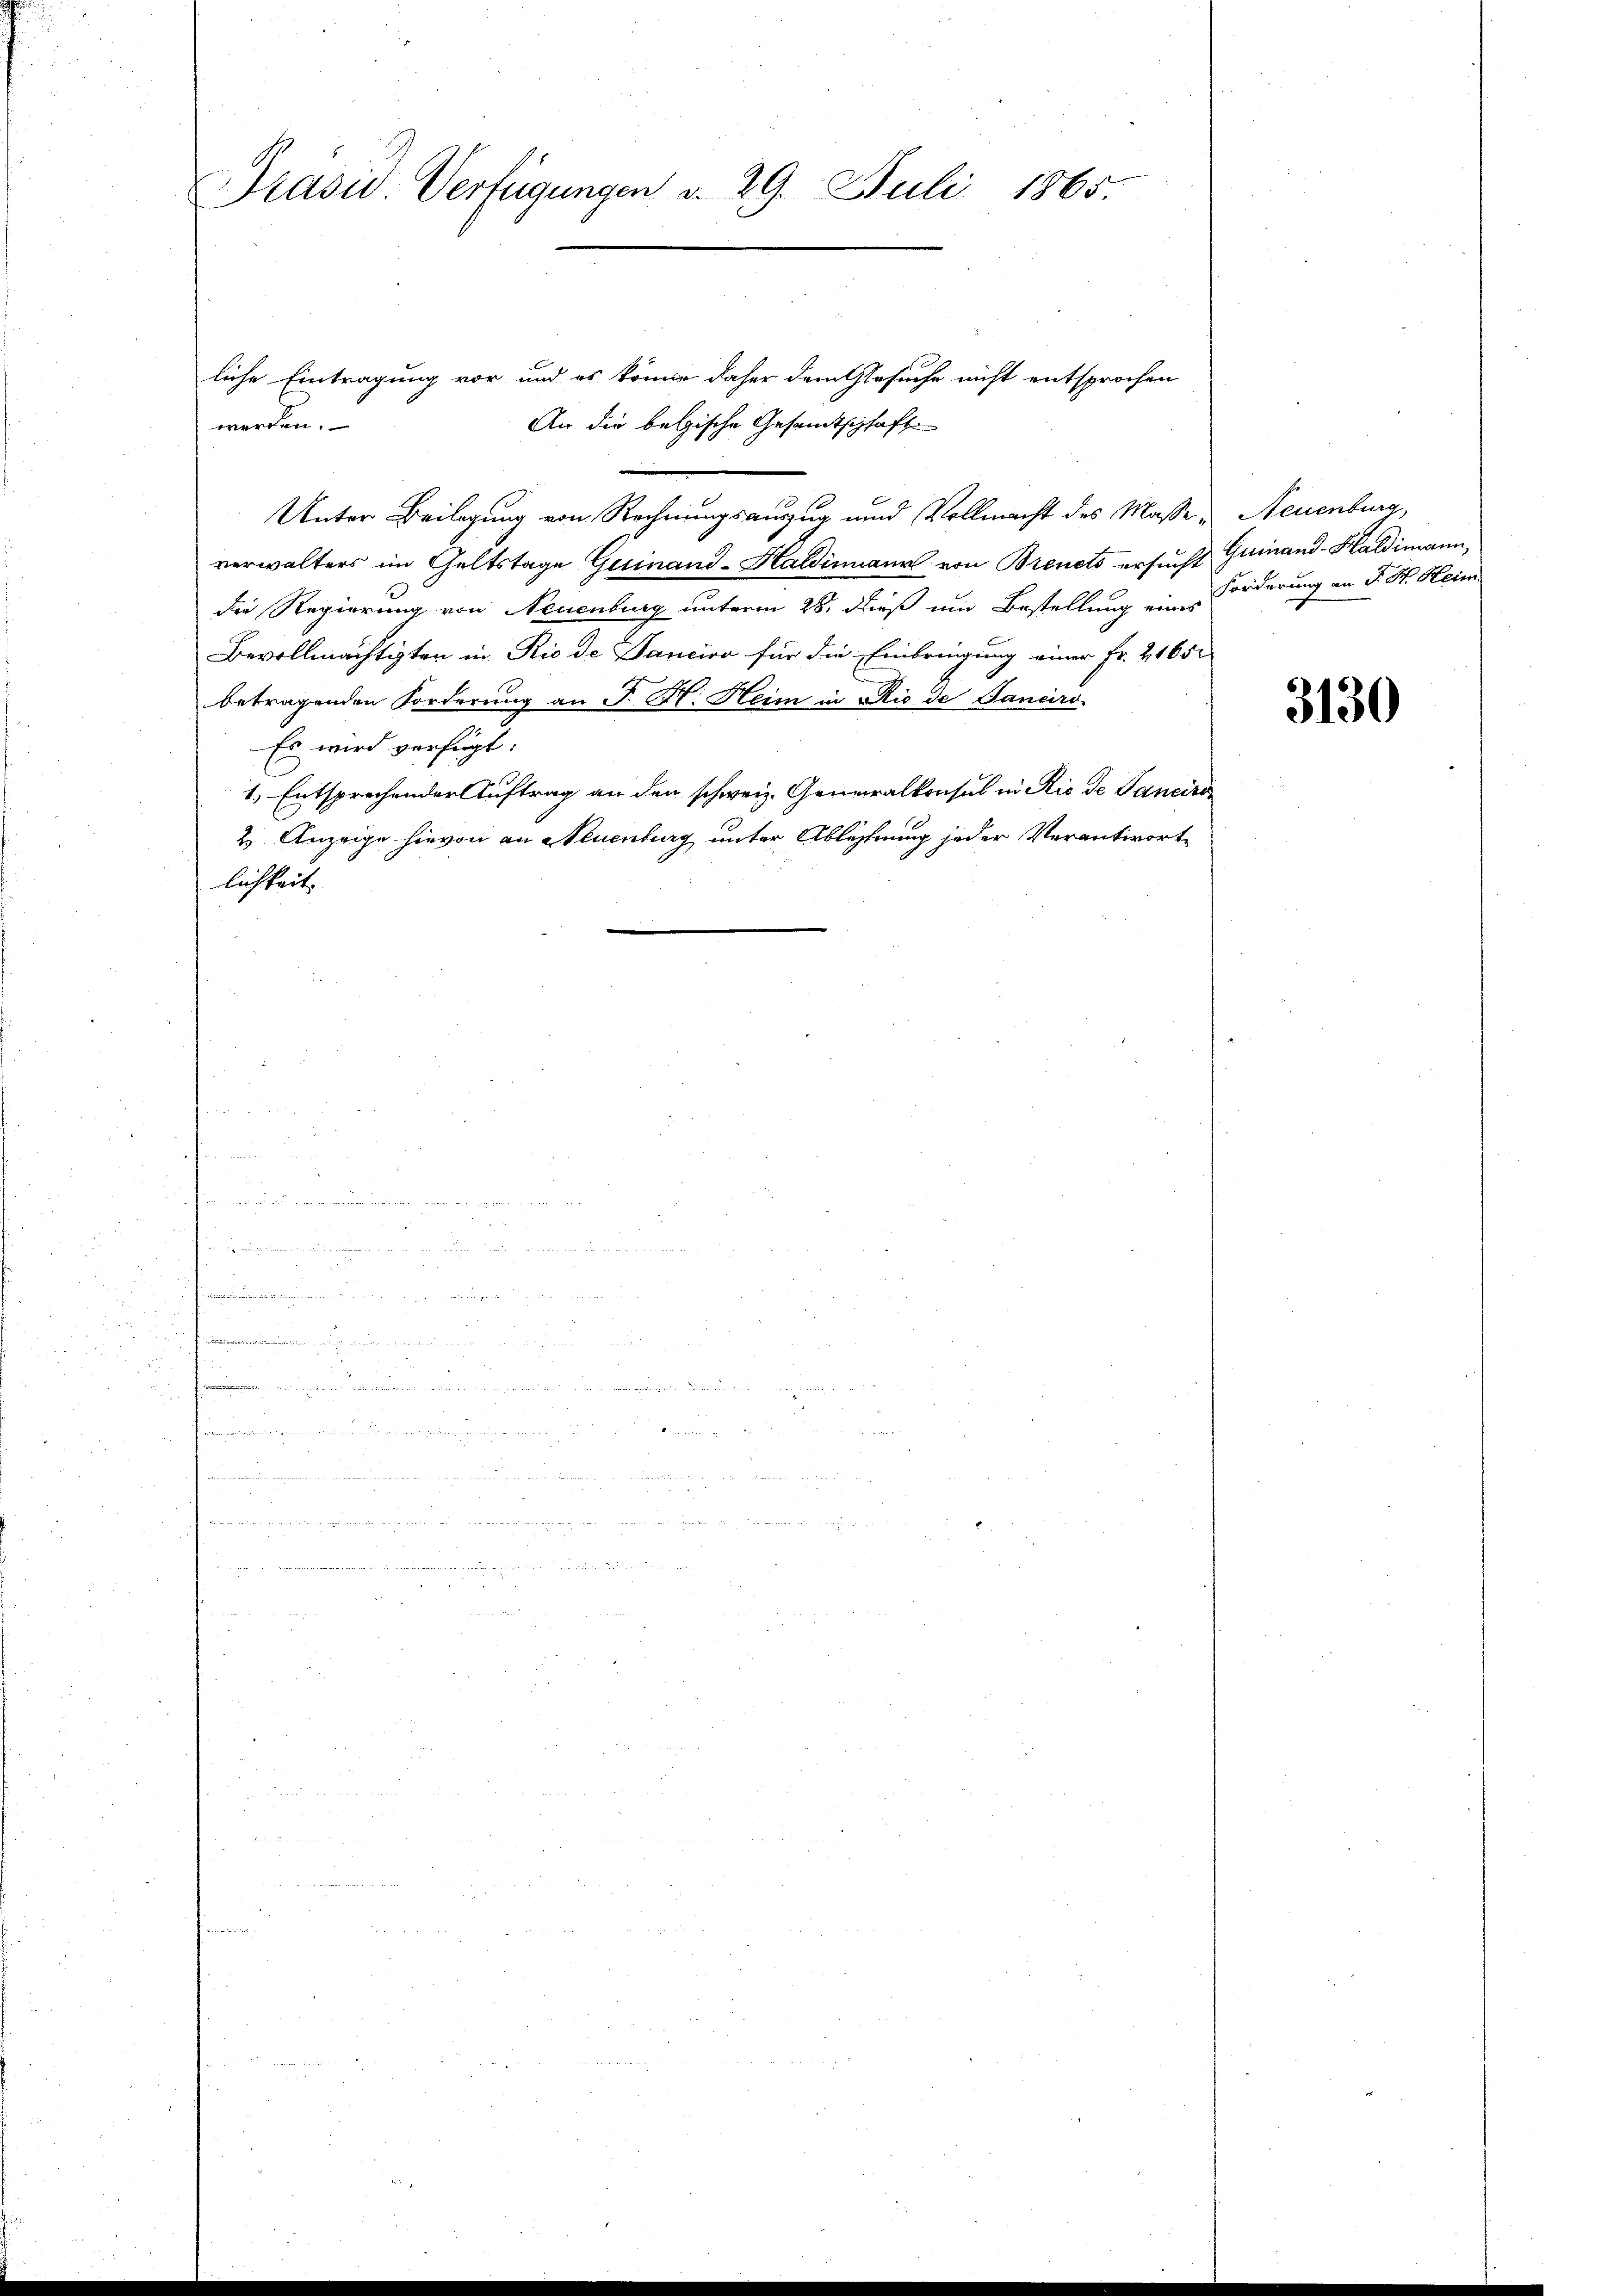
Prasiv. Verfügungen d. 29. Juli 1865.

liche Eintragung vor und es könne daher dem Gesuche nicht entsprochen
An die belgische Gesamtschafts
Unter Beilegung von Rechnungsauszug und Vollmacht des Maßeverwalters im Geltstage Guinand-Haldinmaur von Brenets ersucht Guinand-Haldimann
die Regierung von Neuenburg unterm 28. dieß und Bestellung eines Forderung an F. St. Heim
Bevollmächtigten in Rio de Sanciro für die Einbringung einer Fr. 21652
betragenden Forderung an J. H. Heim in Rio de Janeiro
Es wird verfügt:
1.) Entsprechender Auftrag an den schweiz. Generalkonsul in Rio de Sancire
2. Anzeige hievon an Neuenburg unter Ablehnung jeder Verantworte
lichkeit.

werden.

e
Pamminium in in

.
.

fangen eines vormund

Neuenburg,

3130